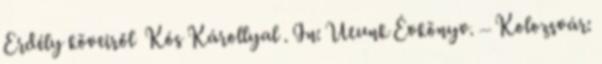
Erdély köveiről Kós Károllyal . In: Utunk Évkönyv. – Kolozsvár: